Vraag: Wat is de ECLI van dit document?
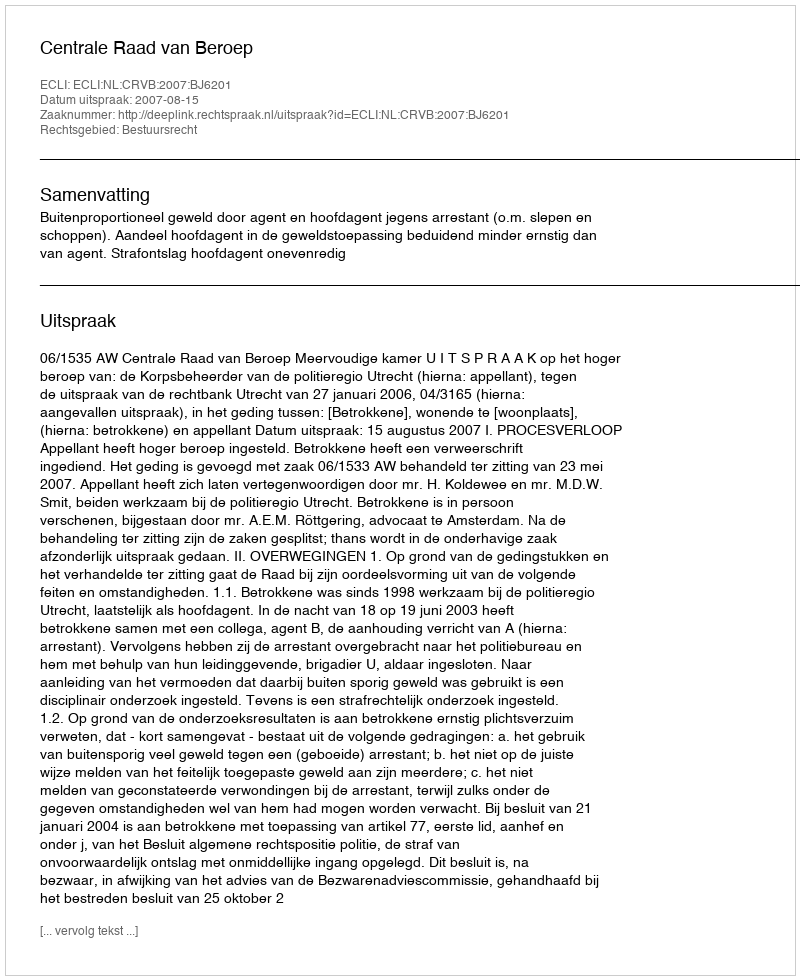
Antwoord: ECLI:NL:CRVB:2007:BJ6201